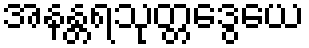
အနန္တရသုတ္တဒွေယေ